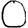
Digit: 0